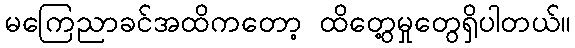
မကြေညာခင်အထိကတော့ ထိတွေ့မှုတွေရှိပါတယ်။